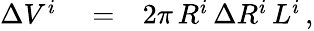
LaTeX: \begin{array}{rlr}{\Delta V^{i}}&{{}=}&{2\pi\, R^{i}\, \Delta R^{i}\, L^{i}\, ,}\end{array}